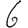
Digit: 6